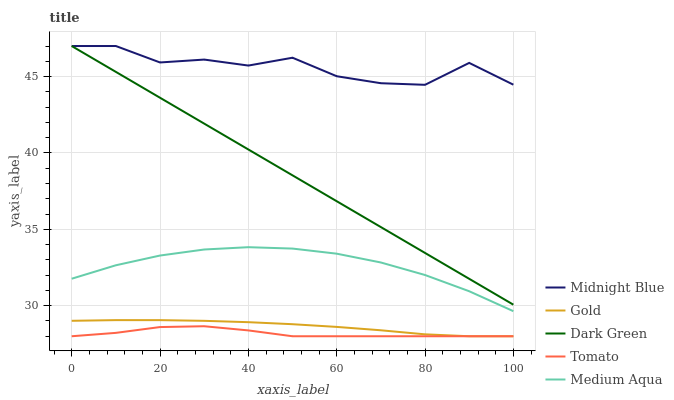
| xaxis_label | Midnight Blue | Gold | Dark Green | Tomato | Medium Aqua |
 | --- | --- | --- | --- | --- | --- |
 | 0 | 47 | 29 | 47 | 28 | 31.8 |
 | 10 | 47 | 29.1 | 45.3 | 28.2 | 32.6 |
 | 20 | 45.9 | 29.1 | 43.6 | 28.6 | 33.3 |
 | 30 | 46.1 | 29 | 41.9 | 28.7 | 33.7 |
 | 40 | 45.7 | 28.9 | 40.2 | 28.4 | 33.8 |
 | 50 | 46.2 | 28.8 | 38.5 | 28 | 33.7 |
 | 60 | 45 | 28.6 | 36.8 | 28 | 33.4 |
 | 70 | 44.6 | 28.4 | 35.1 | 28 | 32.8 |
 | 80 | 44.5 | 28.1 | 33.5 | 28 | 32 |
 | 90 | 45.9 | 28 | 31.8 | 28 | 30.9 |
 | 100 | 44.5 | 28 | 30.1 | 28 | 29.6 |